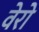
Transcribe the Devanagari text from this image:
वेरो